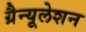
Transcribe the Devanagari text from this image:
ग्रैन्यूलेशन